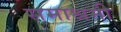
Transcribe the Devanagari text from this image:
समाश्रमी